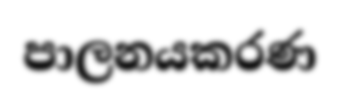
පාලනයකරණ